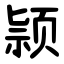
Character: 颕